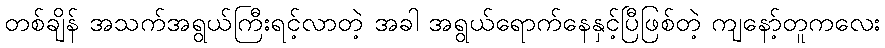
တစ်ချိန် အသက်အရွယ်ကြီးရင့်လာတဲ့ အခါ အရွယ်ရောက်နေနှင့်ပြီဖြစ်တဲ့ ကျနော့်တူကလေး